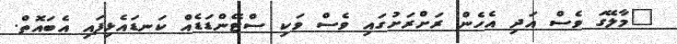
"މާލޭގަ ވެސް އަދި އެހެން ރަށްރަށުގައި ވެސް ވަކި ސްޓޭންޑަޑެއް ކަނޑައެޅިފައި އެބައޮތް.